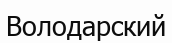
Володарский